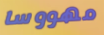
مهووسا